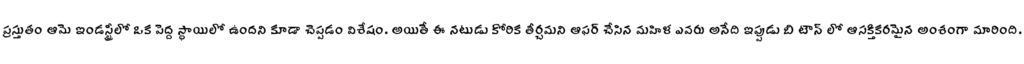
ప్రస్తుతం ఆమె ఇండస్ట్రీలో ఒక పెద్ద స్థాయిలో ఉందని కూడా చెప్పడం విశేషం. అయితే ఈ నటుడు కోరిక తీర్చమని ఆఫర్ చేసిన మహిళ ఎవరు అనేది ఇప్పుడు బి టౌన్ లో ఆసక్తికరమైన అంశంగా మారింది.